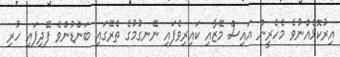
އިރުކޮޅެއްނުވެ މެހެރީން އައިސް މޭޒާއި ކައިރިވެފައި ނޭނގުމުގެ ތެރޭގައި ބަންޑުންވެ ފޭދިފައި ހުރި